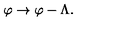
\varphi \rightarrow \varphi - \Lambda .